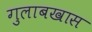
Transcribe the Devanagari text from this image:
गुलाबखास